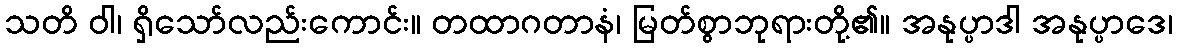
သတိ ဝါ၊ ရှိသော်လည်းကောင်း။ တထာဂတာနံ၊ မြတ်စွာဘုရားတို့၏။ အနုပ္ပာဒါ အနုပ္ပာဒေ၊